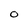
Character: O